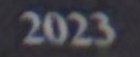
2023